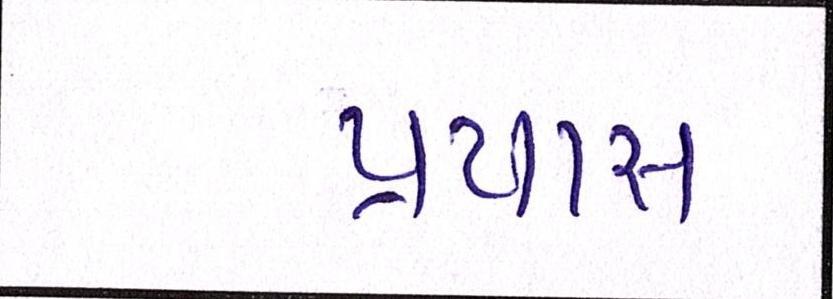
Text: પ્રયાસ